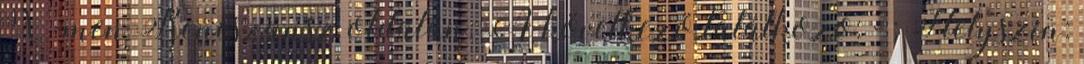
X-men Reneszánsz oldalán. A következö találkozó: - ; Helyszín: